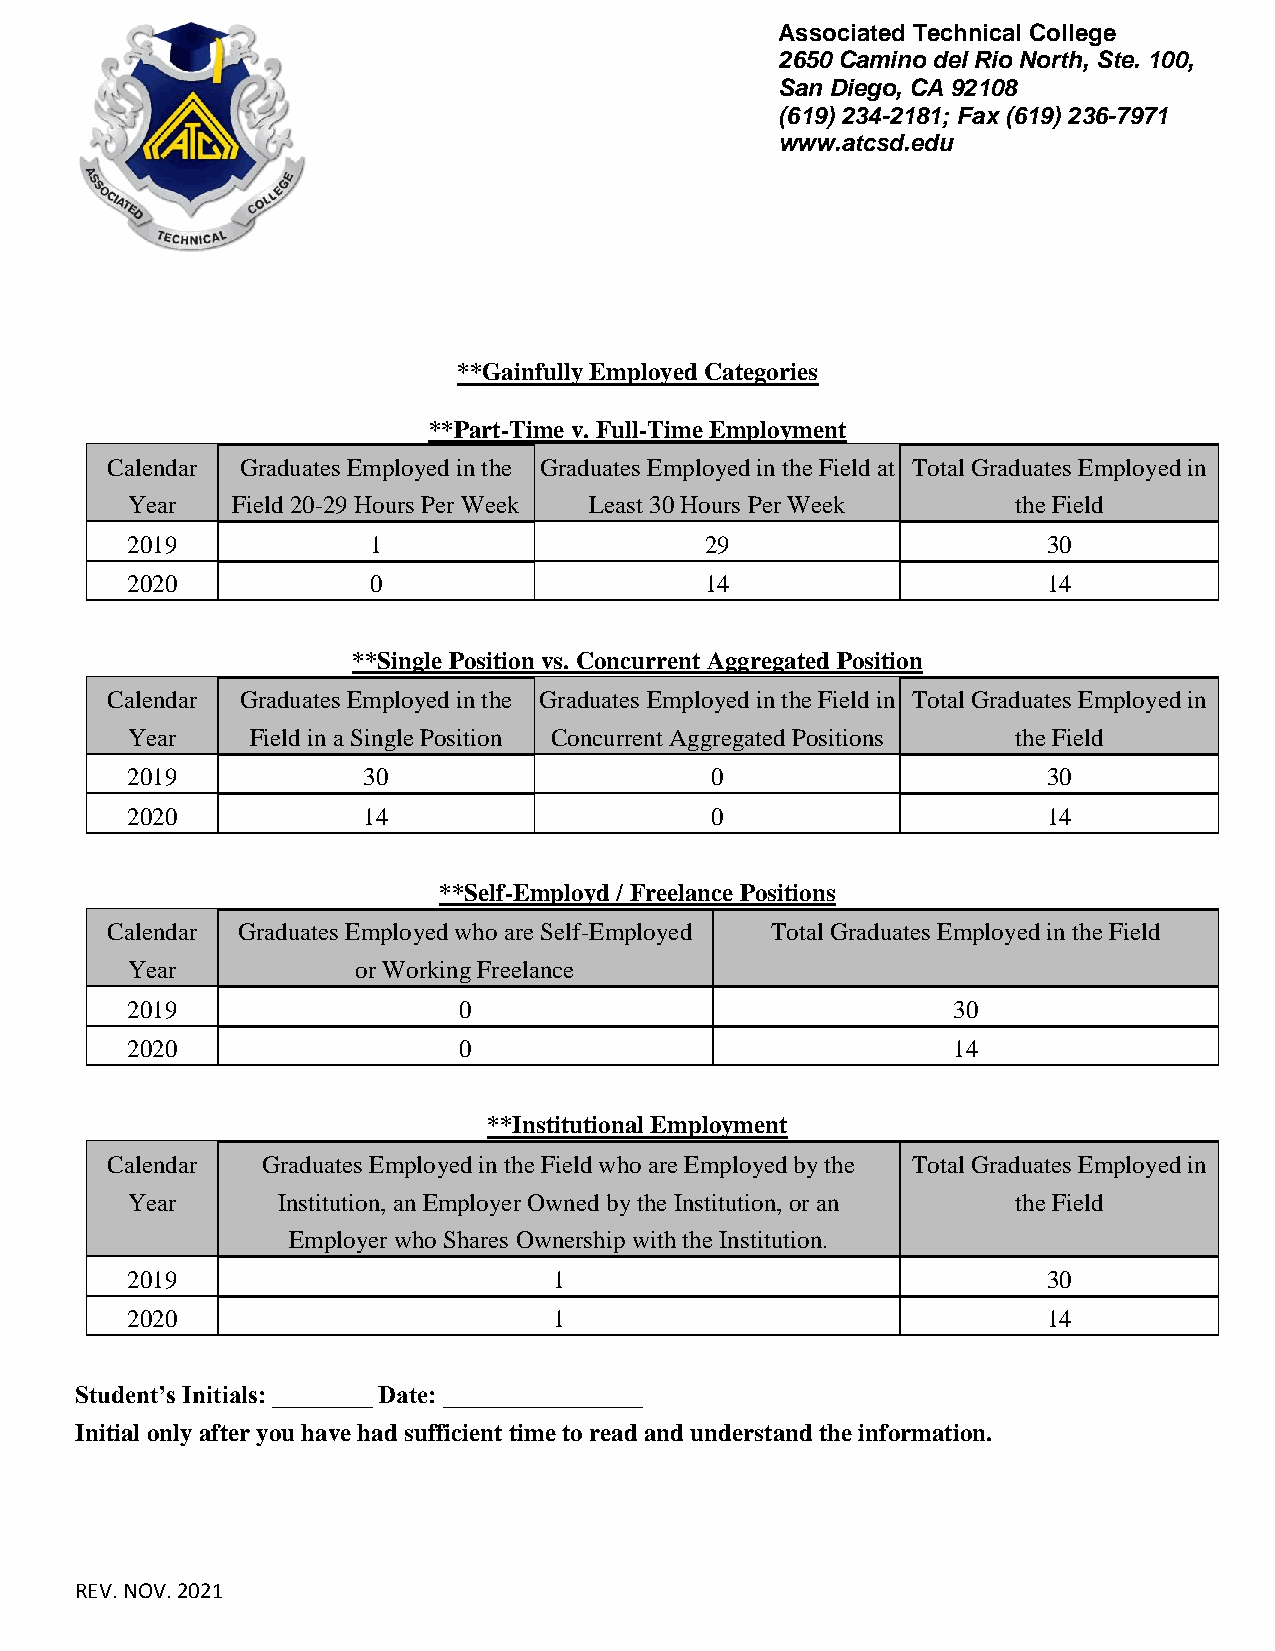
Associated Technical College
 2650 Camino del Rio North, Ste. 100,
 San Diego, CA 92108
 (619) 234-2181; Fax (619) 236-7971
 www.atcsd.edu
 **Gainfully Employed Categories
 **Part-Time v. Full-Time Employment
 Calendar Graduates Employed in the Graduates Employed in the Field at Total Graduates Employed in
 Year   Field 20-29 Hours Per Week Least 30 Hours Per Week  the Field
 2019            1                      29                    30
 2020            0                      14                    14
 **Single Position vs. Concurrent Aggregated Position
 Calendar Graduates Employed in the Graduates Employed in the Field in Total Graduates Employed in
 Year     Field in a Single Position Concurrent Aggregated Positions the Field
 2019            30                     0                     30
 2020            14                     0                     14
 **Self-Employd / Freelance Positions
 Calendar Graduates Employed who are Self-Employed Total Graduates Employed in the Field
 Year            or Working Freelance
 2019                  0                                30
 2020                  0                                14
 **Institutional Employment
 Calendar  Graduates Employed in the Field who are Employed by the Total Graduates Employed in
 Year      Institution, an Employer Owned by the Institution, or an the Field
 Employer who Shares Ownership with the Institution.
 2019                         1                               30
 2020                         1                               14
 Student’s Initials: ________ Date: ________________
 Initial only after you have had sufficient time to read and understand the information.
 REV. NOV. 2021